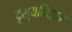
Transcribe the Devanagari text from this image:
दृश्यविघान